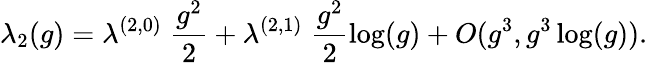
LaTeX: \lambda_{2}(g)=\lambda^{(2,0)}\; \frac{g^{2}}{2}+\lambda^{(2,1)}\; \frac{g^{2}}{2}\log(g)+O(g^{3},g^{3}\log(g)).